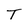
Character: T